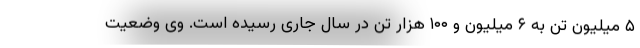
۵ میلیون تن به ۶ میلیون و ۱۰۰ هزار تن در سال جاری رسیده است. وی وضعیت